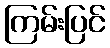
ကြမ်းပြင်